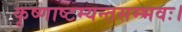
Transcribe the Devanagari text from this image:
कृष्णाष्टम्यन्तसम्भवः।